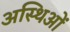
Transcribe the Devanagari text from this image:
अस्थिओं